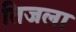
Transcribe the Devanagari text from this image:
तिजला